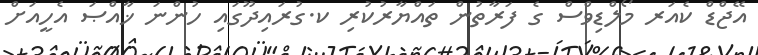
އޭޖްޑް ކެއަރ މޯލްޑިވްސް ގެ ފަރާތުން ތައްޔާރުކުރި ކ.ގުރައިދޫގައި ހުންނަ ޚާއްޞަ އެހީއަށް